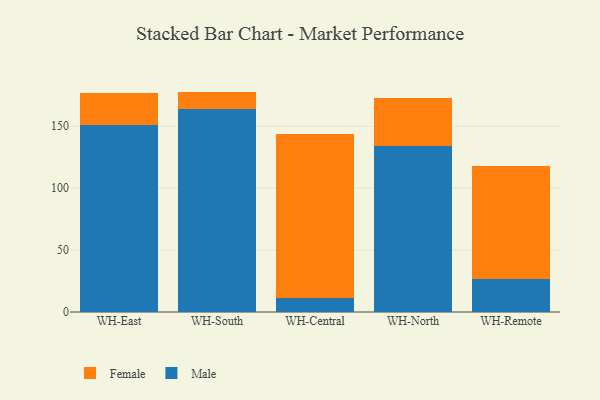
{"axis": {"x": "Warehouse", "y": "Satisfaction Score"}, "legend": ["Female", "Male"], "data": [{"x": "WH-East", "y": 150.8, "type": "Male"}, {"x": "WH-East", "y": 26.2, "type": "Female"}, {"x": "WH-South", "y": 164.1, "type": "Male"}, {"x": "WH-South", "y": 13.9, "type": "Female"}, {"x": "WH-Central", "y": 11.0, "type": "Male"}, {"x": "WH-Central", "y": 132.4, "type": "Female"}, {"x": "WH-North", "y": 134.0, "type": "Male"}, {"x": "WH-North", "y": 39.2, "type": "Female"}, {"x": "WH-Remote", "y": 26.7, "type": "Male"}, {"x": "WH-Remote", "y": 91.1, "type": "Female"}]}